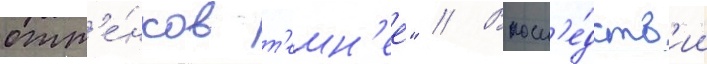
отт'е́нков т'емн'ее" // Впосл'е́дств'ии